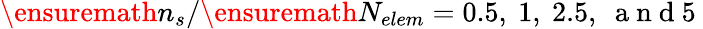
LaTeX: \ensuremath{n_{s}}/\ensuremath{N_{elem}}=0.5,\ 1,\ 2.5,\ \mathrm{~a~n~d~}5\